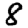
Digit: 8